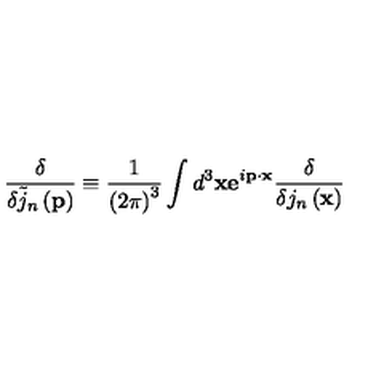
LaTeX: \frac \delta { \delta \tilde { j } _ { n } \left( \mathbf { p } \right) } \equiv \frac 1 { \left( 2 \pi \right) ^ { 3 } } \int d ^ { 3 } \mathbf { x e } ^ { i \mathbf { p \cdot x } } \frac \delta { \delta j _ { n } \left( \mathbf { x } \right) }